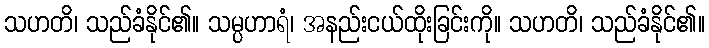
သဟတိ၊ သည်ခံနိုင်၏။ သမ္ပဟာရံ၊ အနည်းငယ်ထိုးခြင်းကို။ သဟတိ၊ သည်ခံနိုင်၏။